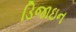
ડિજાઇન